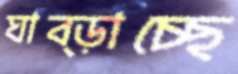
ঘাব্‌ড়াচ্ছে